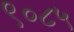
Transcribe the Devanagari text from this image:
९०८५